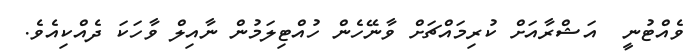
ވެެއްޓުނީ  އަޝްރާއަށް ކުރިމައްޗަށް ވާނޭހެން ހުއްޓިލަމުން ނާއިލް ވާހަކަ ދެއްކިއެވެ.